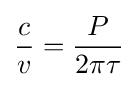
{c \over v}={P \over {2\pi \tau }}